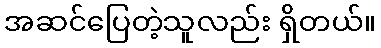
အဆင်ပြေတဲ့သူလည်း ရှိတယ်။